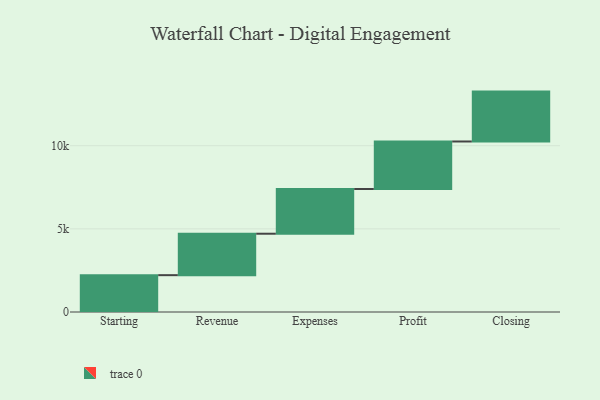
{"axis": {"x": "Step", "y": "Value"}, "legend": [""], "data": [{"x": "Starting", "y": 2215.0, "type": ""}, {"x": "Revenue", "y": 2492.0, "type": ""}, {"x": "Expenses", "y": 2690.0, "type": ""}, {"x": "Profit", "y": 2856.0, "type": ""}, {"x": "Closing", "y": 3000, "type": ""}]}